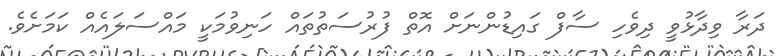
ދަރާ ވިދާޅުވީ ދިވެހި ސާފް ގައިޑުންނަށް އޮތް ފުރުސަތުތައް ހަނިވުމަކީ މައްސަލައެއް ކަމަށެވެ.